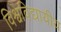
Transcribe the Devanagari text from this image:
विश्वविद्यायीय